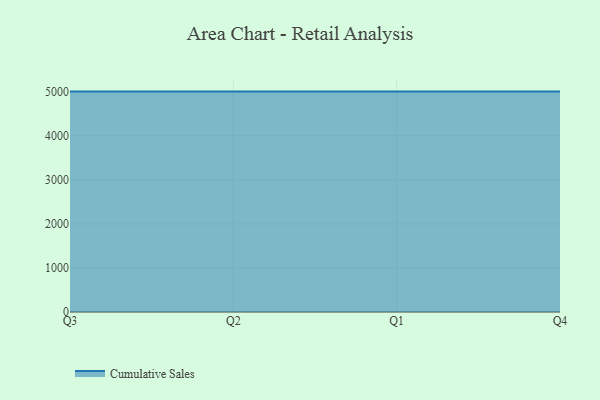
{"axis": {"x": "Quarter", "y": "Net Income (USD K)"}, "legend": ["Cumulative Sales"], "data": [{"x": "Q3", "y": 5000, "type": "Cumulative Sales"}, {"x": "Q2", "y": 5000, "type": "Cumulative Sales"}, {"x": "Q1", "y": 5000, "type": "Cumulative Sales"}, {"x": "Q4", "y": 5000, "type": "Cumulative Sales"}]}